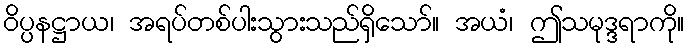
ဝိပ္ပနဋ္ဌာယ၊ အရပ်တစ်ပါးသွားသည်ရှိသော်။ အယံ၊ ဤသမုဒ္ဒရာကို။